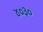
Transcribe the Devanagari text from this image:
४०३०